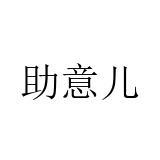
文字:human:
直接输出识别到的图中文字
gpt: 助意儿